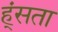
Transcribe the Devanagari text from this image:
ह्ंसता